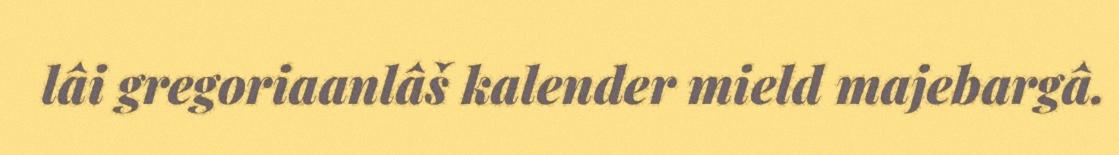
lâi gregoriaanlâš kalender mield majebargâ.